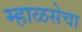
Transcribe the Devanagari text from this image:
म्हाळसेचा